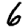
Digit: 6